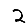
Digit: 2